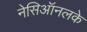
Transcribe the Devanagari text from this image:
नेसिऑनलके